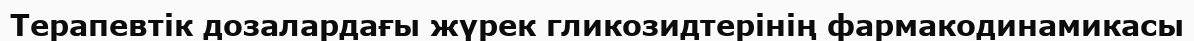
Терапевтік дозалардағы жүрек гликозидтерінің фармакодинамикасы